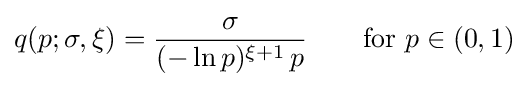
q(p;\sigma ,\xi )={\frac {\sigma }{(-\ln p)^{\xi +1}\,p}}\qquad {\text{for }}p\in (0,1)